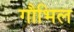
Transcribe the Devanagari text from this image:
गौभिल